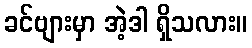
ခင်ဗျားမှာ အဲ့ဒါ ရှိသလား။